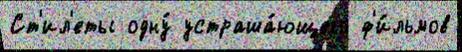
Ст'ил'еты одну́ устраша́ющего ф'и́льмов